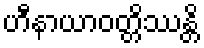
ဟီနာယာဝတ္တိဿန္တိ